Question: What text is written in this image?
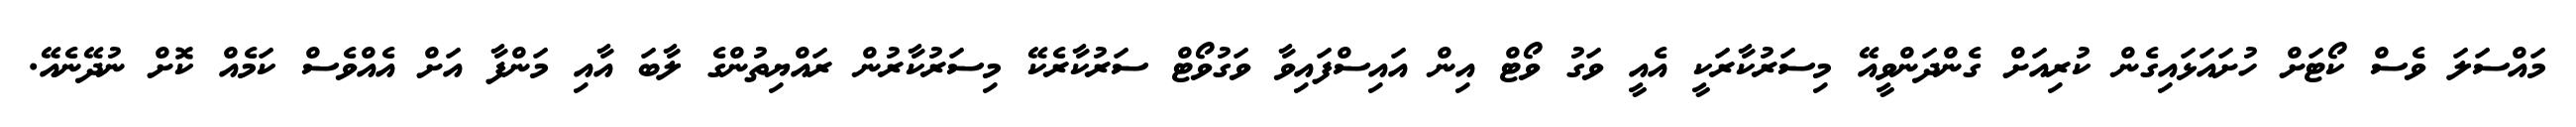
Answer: މައްސަލަ ވެސް ކޯޓަށް ހުށައަޅައިގެން ކުރިއަށް ގެންދަންވީއޭ މިސަރުކާރަކީ އެއީ ވަގު ވޯޓް އިން އައިސްފައިވާ ވަގުވޯޓް ސަރުކާރެކޭ މިސަރުކާރުން ރައްޔިތުންގެ ލާބަ އާއި މަންފާ އަށް އެއްވެސް ކަމެއް ކޮށް ނުދޭނެއޭ.